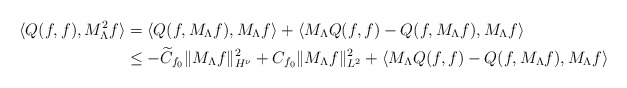
\begin{align*}\langle Q(f,f), M_{\Lambda}^2f \rangle&=\langle Q(f,M_\Lambda f), M_{\Lambda}f \rangle+\langle M_\Lambda Q(f,f) - Q(f,M_\Lambda f), M_{\Lambda}f \rangle \\&\leq - \widetilde{C}_{f_0} \|M_{\Lambda}f\|_{H^{\nu}}^2+ C_{f_0} \|M_{\Lambda}f\|_{L^2}^2+ \langle M_{\Lambda}Q(f,f) - Q(f,M_{\Lambda}f), M_{\Lambda}f\rangle\end{align*}